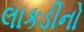
લાકડીનો